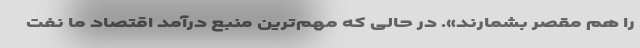
را هم مقصر بشمارند». در حالی که مهم‌ترین منبع درآمد اقتصاد ما نفت